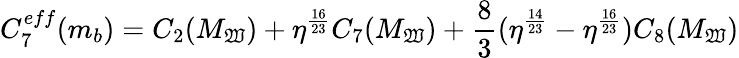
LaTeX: C_{7}^{eff}(m_{b})=C_{2}(M_{\mathfrak{W}})+\eta^{\frac{{16}}{{23}}}C_{7}(M_{\mathfrak{W}})+{\frac{{8}}{{3}}}(\eta^{\frac{{14}}{{23}}}-\eta^{\frac{{16}}{{23}}})C_{8}(M_{\mathfrak{W}})